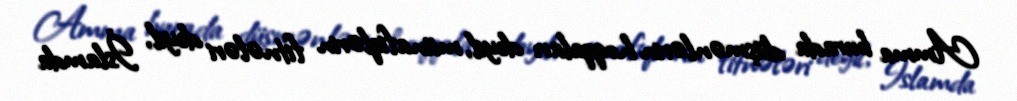
Amma burada düşmənlərin hoqqaları deyil, münafiqlərin fitnələri deyil, İslamda